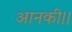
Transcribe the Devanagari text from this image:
आनकी।।